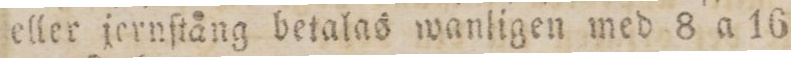
eller jernſtång betalas wanligen med 8 a 16